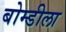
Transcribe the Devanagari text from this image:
बोम्डीला